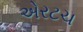
એરટચ